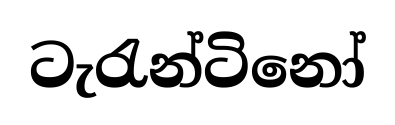
ටැරැන්ටිනෝ